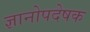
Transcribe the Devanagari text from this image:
ज्ञानोपदेषक